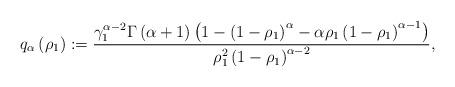
LaTeX: \begin{align*}q_{\alpha}\left( \rho_{1}\right) :=\frac{\gamma_{1}^{\alpha-2}\Gamma\left(\alpha+1\right) \left( 1-\left( 1-\rho_{1}\right) ^{\alpha}-\alpha\rho_{1}\left( 1-\rho_{1}\right) ^{\alpha-1}\right) }{\rho_{1}^{2}\left(1-\rho_{1}\right) ^{\alpha-2}}, \end{align*}